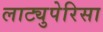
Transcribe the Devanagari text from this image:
लाट्युपेरिसा